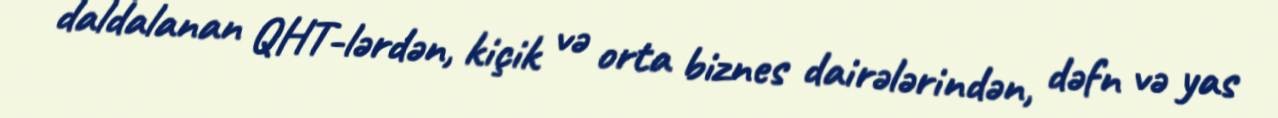
daldalanan QHT-lərdən, kiçik və orta biznes dairələrindən, dəfn və yas